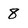
Character: 8